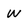
Character: W